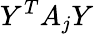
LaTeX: Y^{T}A_{j}Y